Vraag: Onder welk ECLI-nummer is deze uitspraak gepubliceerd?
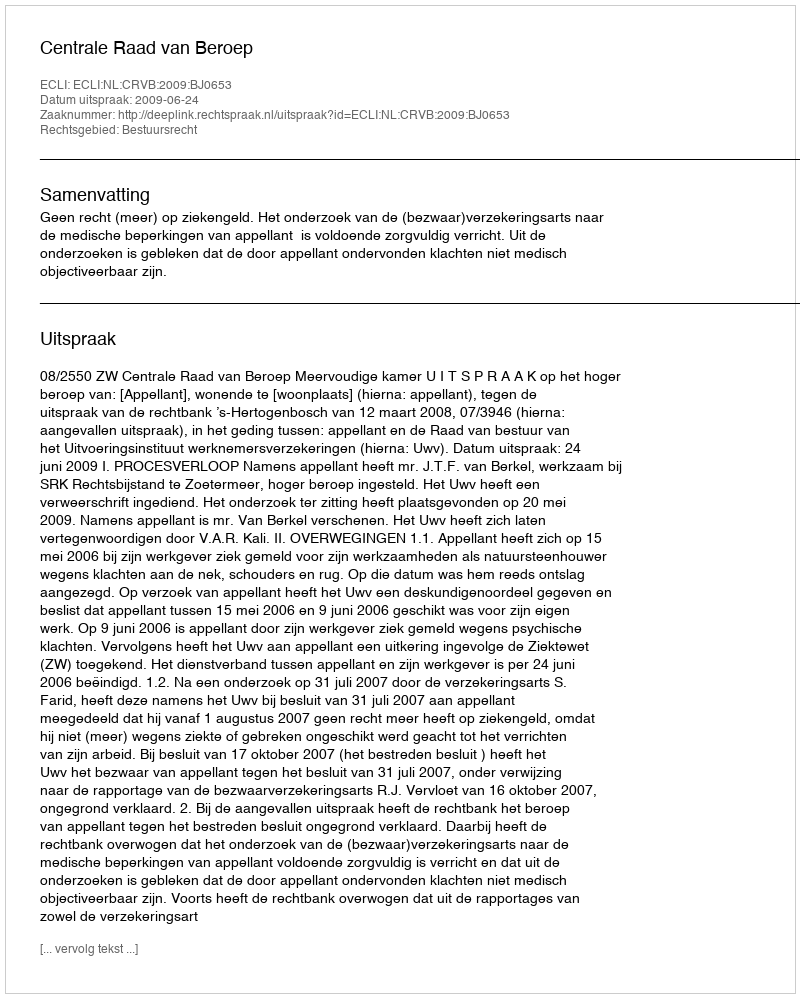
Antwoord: ECLI:NL:CRVB:2009:BJ0653